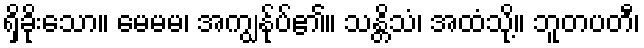
ရှိခိုးသော။ မေမမ၊ အကျွန်ုပ်၏။ သန္တိသံ၊ အထံသို့။ ဘူတပတီ၊